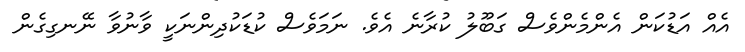
އެއް އަޑުކަން އެންމެންވެސް ގަބޫލު ކުރާނެ އެވެ. ނަމަވެސް ކުޑަކުދިންނަކީ ވާނުވާ ނޭނގިގެން